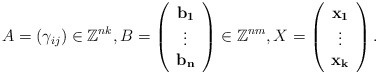
\begin{align*}A = (\gamma_{ij}) \in \mathbb{Z}^{nk}, B = \left( \begin{array}{c} \mathbf{b_1} \\ \vdots \\ \mathbf{b_n} \end{array} \right) \in \mathbb{Z}^{nm}, X = \left( \begin{array}{c} \mathbf{x_1} \\ \vdots \\ \mathbf{x_k} \end{array} \right).\end{align*}